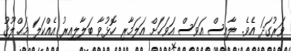
ވަރުގަދަ އެވެ. ލާއިސް އަވަސް އަވަހަށް އަލަމާރި ހޮޅުވާ ބަލާލިއިރު އެއްކަލަ މަޙްލޫޤު